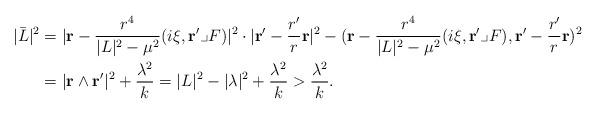
LaTeX: \begin{align*}|\bar L|^2&=|\mathbf{r}-\frac{r^4}{|L|^2-\mu^2} (i\xi, \mathbf{r}'\lrcorner F)|^2 \cdot | \mathbf{r}'-\frac{r'}{r} \mathbf{r}|^2-(\mathbf{r}-\frac{r^4}{|L|^2-\mu^2} (i\xi, \mathbf{r}'\lrcorner F),\mathbf{r}'-\frac{r'}{r} \mathbf{r})^2\\&=|\mathbf{r}\wedge \mathbf{r}'|^2+\frac{\lambda^2}{k}=|L|^2-|\lambda|^2+\frac{\lambda^2}{k}>\frac{\lambda^2}{k}.\end{align*}